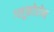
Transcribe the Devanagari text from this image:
ग्लूकोडोन